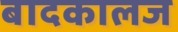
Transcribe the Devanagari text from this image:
बादकालज